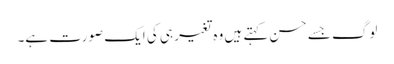
لوگ جسے حسن کہتے ہیں وہ تغیر ہی کی ایک صورت ہے۔